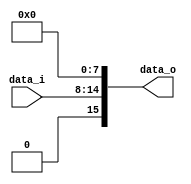
module Zero_Filled( data_i, data_o );

//I/O ports
input	[7-1:0] data_i;
output	[16-1:0] data_o;

//Internal Signals
wire	[16-1:0] data_o;

//Main function
/*your code here*/
assign data_o = {1'b0, data_i, 8'b00000000};
/*concatenate one zero in front of
the immediate value and eight zeros behind the immediate value to extend the
value from 7 bits to 16 bits*/

endmodule